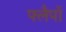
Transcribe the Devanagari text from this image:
फ्लैपों